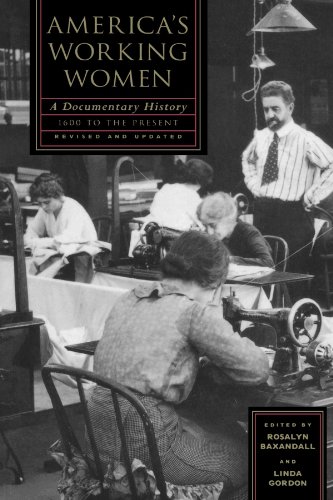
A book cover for America's Working Women: A Documentary History, 1600 to the Present (Sara F. Yoseloff Memorial Publications); Business & Money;